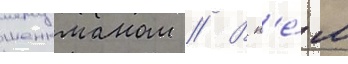
шенкманом // В н'е́м